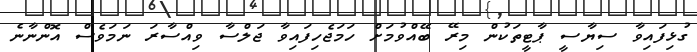
ގުޅިފައިވާ ސިޔާސީ ޕާޓީތަކުން މިރޭ ބޭއްވުމަށް ހަމަޖެހިފައިވާ ޖަލްސާ ވިއްސާރަ ނަމަވެސް އޮންނާނެ